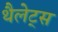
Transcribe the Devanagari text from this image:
थैलेट्स